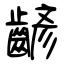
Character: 齴